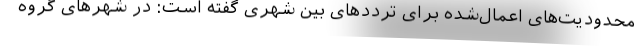
محدودیت‌های اعمال‌شده برای ترددهای بین شهری گفته است: در شهرهای گروه